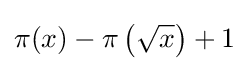
\pi (x)-\pi \left({\sqrt {x}}\right)+1